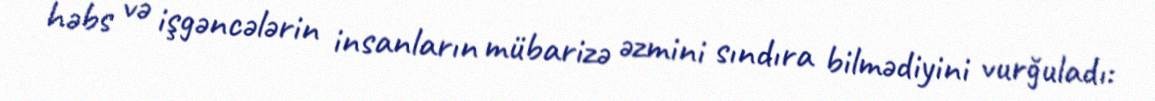
həbs və işgəncələrin insanların mübarizə əzmini sındıra bilmədiyini vurğuladı: